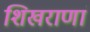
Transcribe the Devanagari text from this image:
शिखराणां